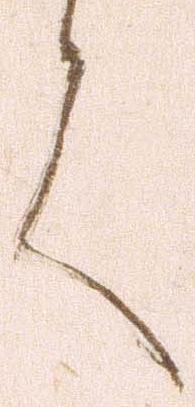
言